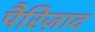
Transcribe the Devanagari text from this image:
पैरिज़ाद